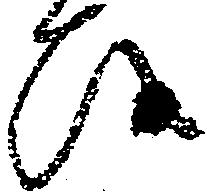
ひ